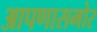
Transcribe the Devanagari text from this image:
आपणासमोर